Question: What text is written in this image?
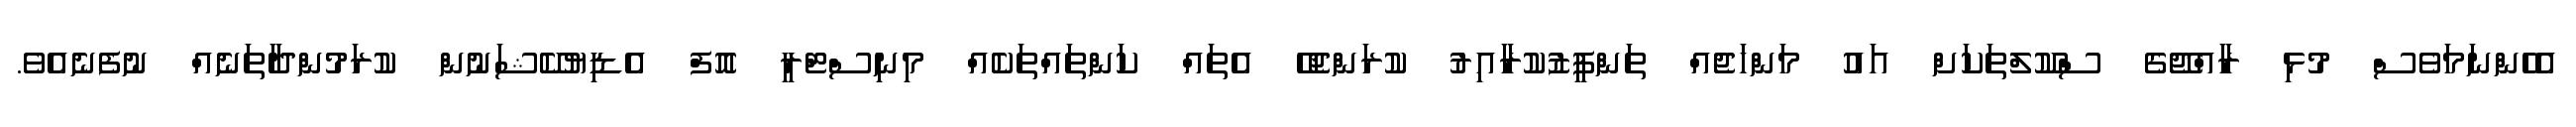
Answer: އެހެންނަމަވެސް މުޅި ރާއްޖޭގެ ސްކޫލްތަކަށް އައު މަންހަޖެއް ތަންފީޒުކުރާއިރު ކުރަންޖެހޭ އެތައް ކަންތައްތަކެއް މިނިސްޓްރީ އޮފް އެޑިޔުކޭޝަނުން ކުރަމުންދާތަނެއް ނުފެނެއެވެ.